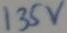
Text: 135v